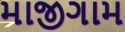
માજીગામ